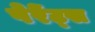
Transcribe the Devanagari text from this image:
पेरेंट्स